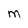
Character: M